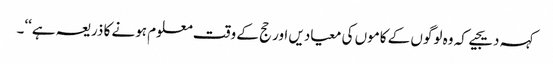
کہہ دیجیے کہ وہ لوگوں کے کاموں کی معیادیں اور حج کے وقت معلوم ہونے کا ذریعہ ہے‘‘۔